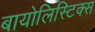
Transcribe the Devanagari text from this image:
बायोलिस्टिक्स